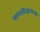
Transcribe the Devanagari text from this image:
सागरविज्ञानाच्या